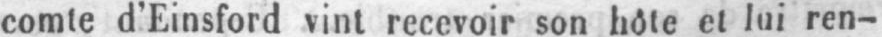
comte d’Einsford vint recevoir son hôte et lui ren-